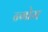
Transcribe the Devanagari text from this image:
न्गोम